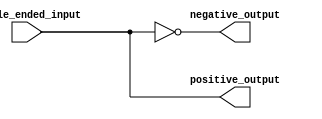
module differential_buffer (
    input single_ended_input,
    output positive_output,
    output negative_output
);

assign positive_output = single_ended_input;
assign negative_output = ~single_ended_input;

endmodule